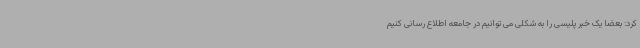
کرد: بعضا یک خبر پلیسی را به شکلی می توانیم در جامعه اطلاع رسانی کنیم